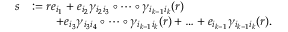
\begin{array} { r l } { s } & { : = r e _ { i _ { 1 } } + e _ { i _ { 2 } } \gamma _ { i _ { 2 } i _ { 3 } } \circ \cdots \circ \gamma _ { i _ { k - 1 } i _ { k } } ( r ) } \\ & { \qquad + e _ { i _ { 3 } } \gamma _ { i _ { 3 } i _ { 4 } } \circ \cdots \circ \gamma _ { i _ { k - 1 } i _ { k } } ( r ) + \ldots + e _ { i _ { k - 1 } } \gamma _ { i _ { k - 1 } i _ { k } } ( r ) . } \end{array}